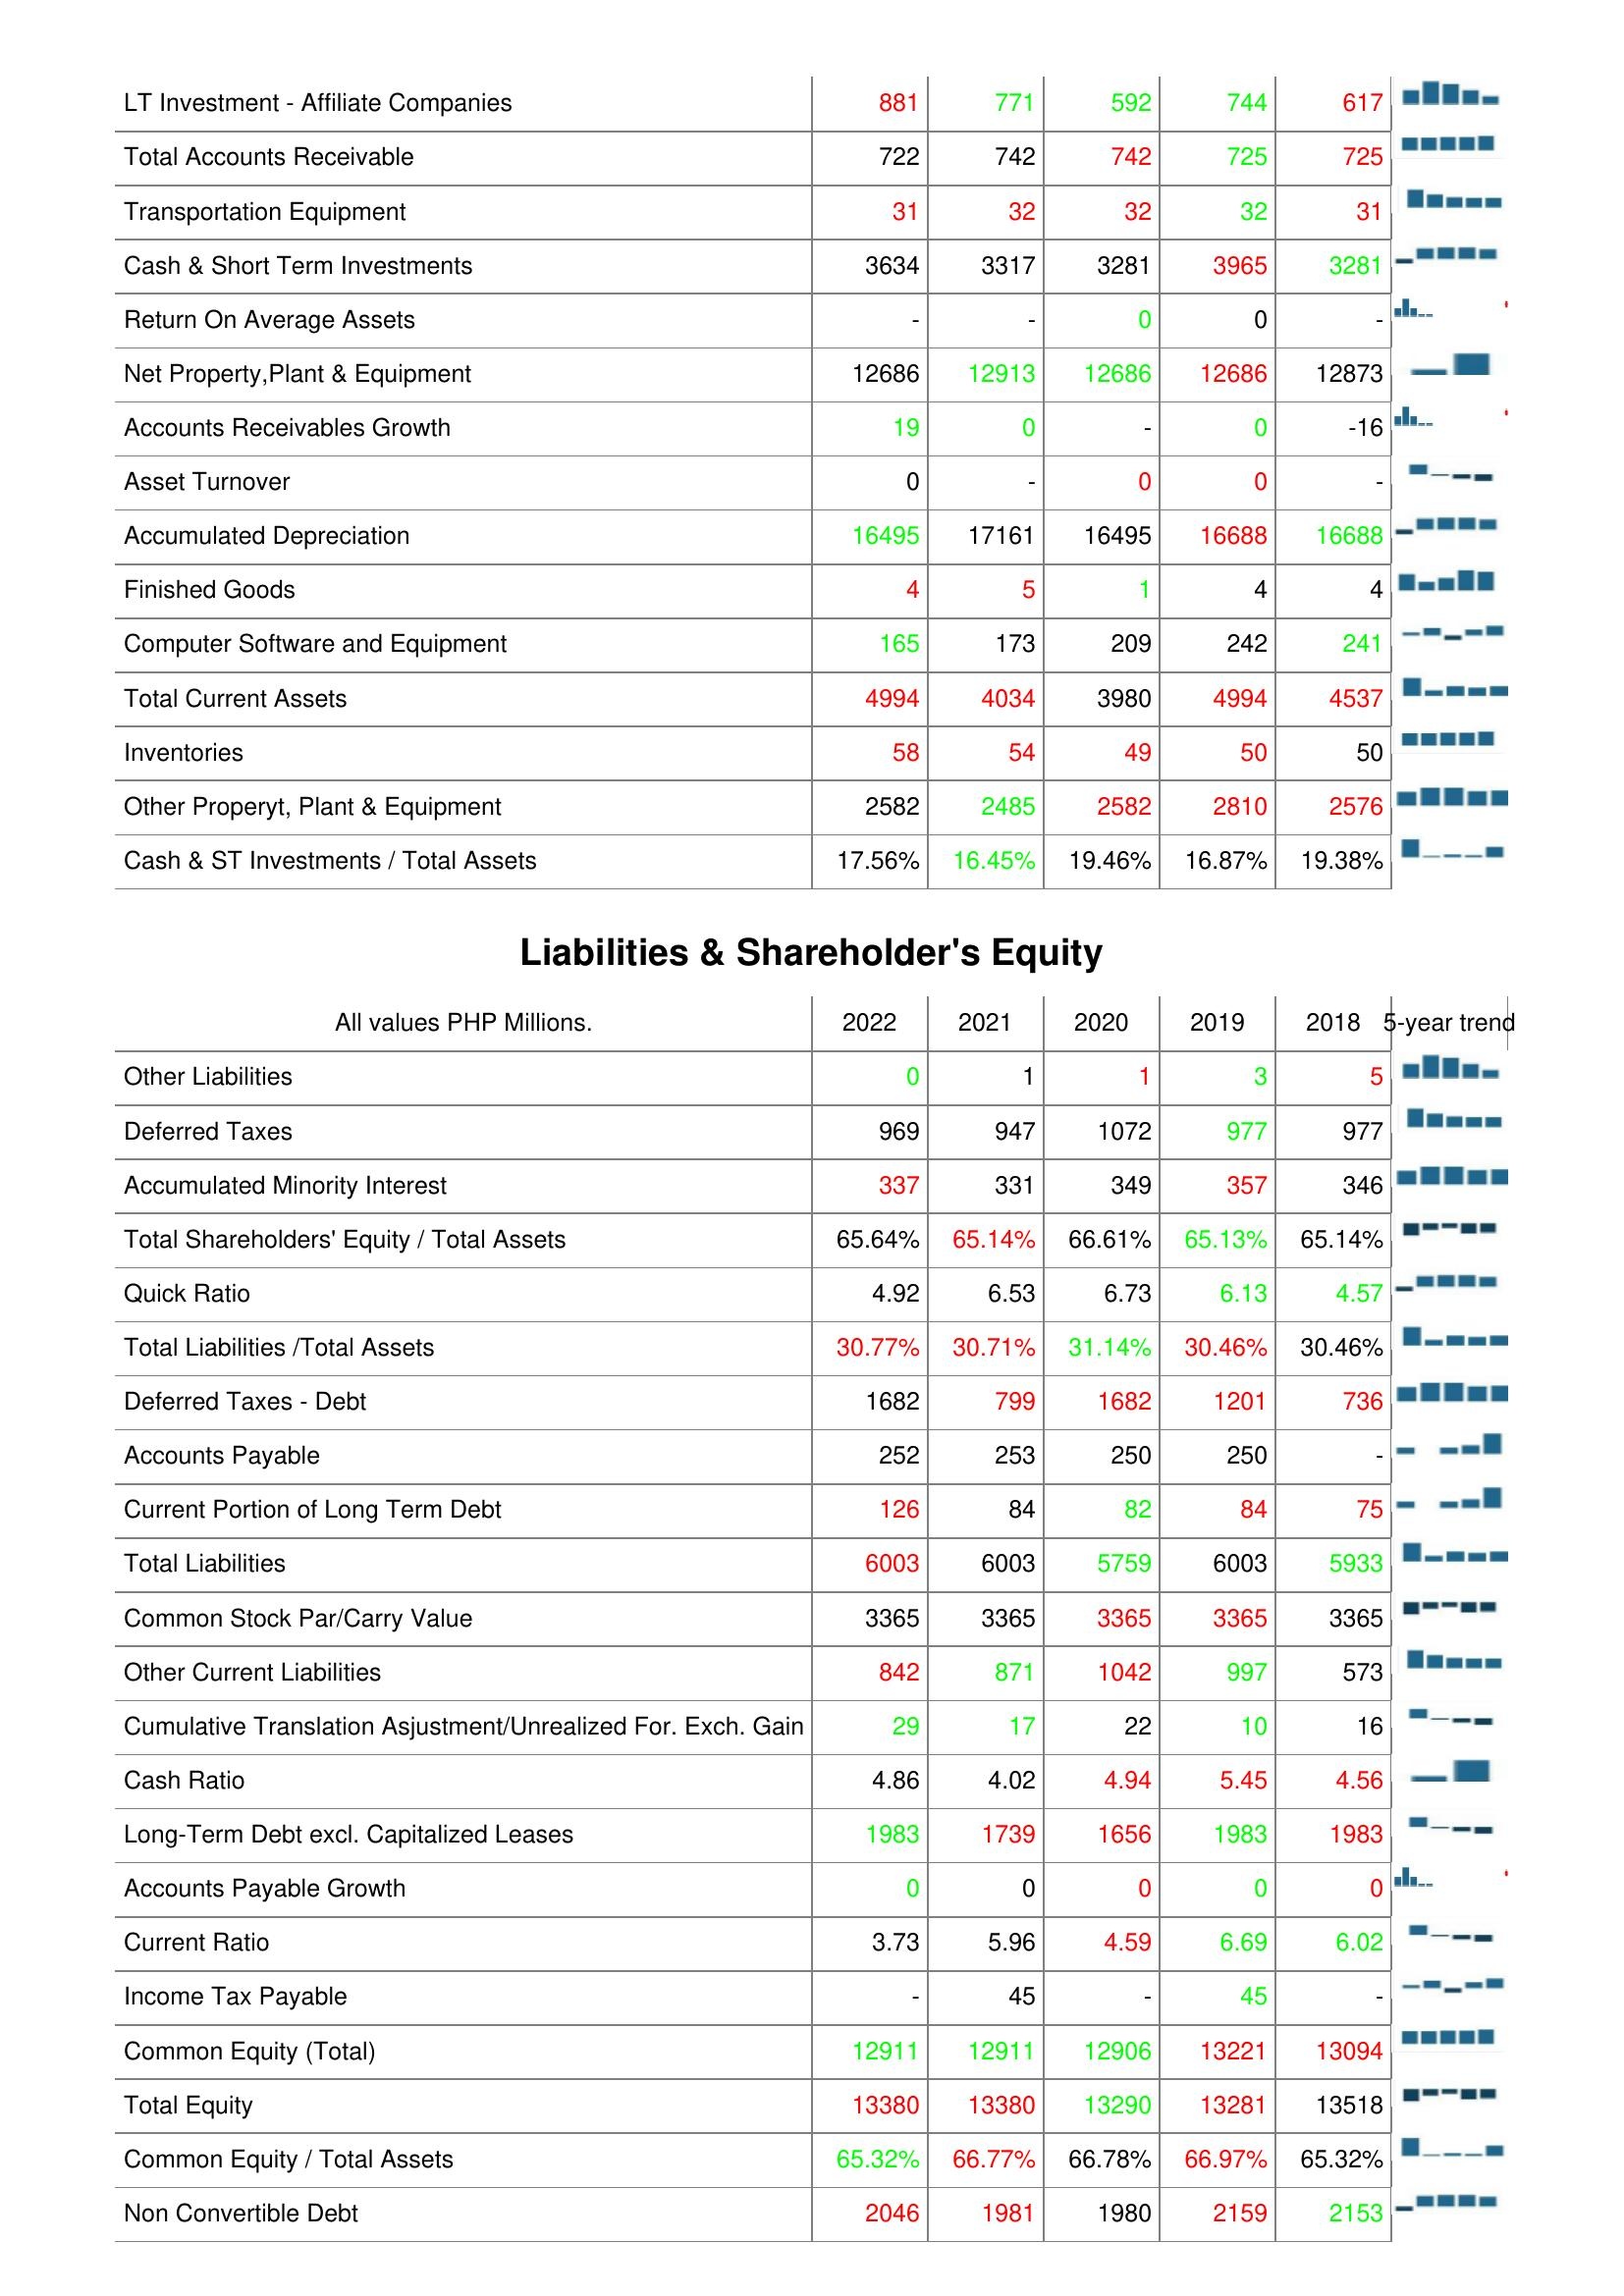
2022: Assets: LT Investment - Affiliate Companies: 881
Total Accounts Receivable: 722
Transportation Equipment: 31
Cash & Short Term Investments: 3634
Return On Average Assets: -
Net Property,Plant & Equipment: 12686
Accounts Receivables Growth: 19
Asset Turnover: 0
Accumulated Depreciation: 16495
Finished Goods: 4
Computer Software and Equipment: 165
Total Current Assets: 4994
Inventories: 58
Other Properyt, Plant & Equipment: 2582
Cash & ST Investments / Total Assets: 17.56%
Liabilities & Shareholder's Equity: Other Liabilities: 0
Deferred Taxes: 969
Accumulated Minority Interest: 337
Total Shareholders' Equity / Total Assets: 65.64%
Quick Ratio: 4.92
Total Liabilities /Total Assets: 30.77%
Deferred Taxes - Debt: 1682
Accounts Payable: 252
Current Portion of Long Term Debt: 126
Total Liabilities: 6003
Common Stock Par/Carry Value: 3365
Other Current Liabilities: 842
Cumulative Translation Asjustment/Unrealized For. Exch. Gain: 29
Cash Ratio: 4.86
Long-Term Debt excl. Capitalized Leases: 1983
Accounts Payable Growth: 0
Current Ratio: 3.73
Income Tax Payable: -
Common Equity (Total): 12911
Total Equity: 13380
Common Equity / Total Assets: 65.32%
Non Convertible Debt: 2046
2021: Assets: LT Investment - Affiliate Companies: 771
Total Accounts Receivable: 742
Transportation Equipment: 32
Cash & Short Term Investments: 3317
Return On Average Assets: -
Net Property,Plant & Equipment: 12913
Accounts Receivables Growth: 0
Asset Turnover: -
Accumulated Depreciation: 17161
Finished Goods: 5
Computer Software and Equipment: 173
Total Current Assets: 4034
Inventories: 54
Other Properyt, Plant & Equipment: 2485
Cash & ST Investments / Total Assets: 16.45%
Liabilities & Shareholder's Equity: Other Liabilities: 1
Deferred Taxes: 947
Accumulated Minority Interest: 331
Total Shareholders' Equity / Total Assets: 65.14%
Quick Ratio: 6.53
Total Liabilities /Total Assets: 30.71%
Deferred Taxes - Debt: 799
Accounts Payable: 253
Current Portion of Long Term Debt: 84
Total Liabilities: 6003
Common Stock Par/Carry Value: 3365
Other Current Liabilities: 871
Cumulative Translation Asjustment/Unrealized For. Exch. Gain: 17
Cash Ratio: 4.02
Long-Term Debt excl. Capitalized Leases: 1739
Accounts Payable Growth: 0
Current Ratio: 5.96
Income Tax Payable: 45
Common Equity (Total): 12911
Total Equity: 13380
Common Equity / Total Assets: 66.77%
Non Convertible Debt: 1981
2020: Assets: LT Investment - Affiliate Companies: 592
Total Accounts Receivable: 742
Transportation Equipment: 32
Cash & Short Term Investments: 3281
Return On Average Assets: 0
Net Property,Plant & Equipment: 12686
Accounts Receivables Growth: -
Asset Turnover: 0
Accumulated Depreciation: 16495
Finished Goods: 1
Computer Software and Equipment: 209
Total Current Assets: 3980
Inventories: 49
Other Properyt, Plant & Equipment: 2582
Cash & ST Investments / Total Assets: 19.46%
Liabilities & Shareholder's Equity: Other Liabilities: 1
Deferred Taxes: 1072
Accumulated Minority Interest: 349
Total Shareholders' Equity / Total Assets: 66.61%
Quick Ratio: 6.73
Total Liabilities /Total Assets: 31.14%
Deferred Taxes - Debt: 1682
Accounts Payable: 250
Current Portion of Long Term Debt: 82
Total Liabilities: 5759
Common Stock Par/Carry Value: 3365
Other Current Liabilities: 1042
Cumulative Translation Asjustment/Unrealized For. Exch. Gain: 22
Cash Ratio: 4.94
Long-Term Debt excl. Capitalized Leases: 1656
Accounts Payable Growth: 0
Current Ratio: 4.59
Income Tax Payable: -
Common Equity (Total): 12906
Total Equity: 13290
Common Equity / Total Assets: 66.78%
Non Convertible Debt: 1980
2019: Assets: LT Investment - Affiliate Companies: 744
Total Accounts Receivable: 725
Transportation Equipment: 32
Cash & Short Term Investments: 3965
Return On Average Assets: 0
Net Property,Plant & Equipment: 12686
Accounts Receivables Growth: 0
Asset Turnover: 0
Accumulated Depreciation: 16688
Finished Goods: 4
Computer Software and Equipment: 242
Total Current Assets: 4994
Inventories: 50
Other Properyt, Plant & Equipment: 2810
Cash & ST Investments / Total Assets: 16.87%
Liabilities & Shareholder's Equity: Other Liabilities: 3
Deferred Taxes: 977
Accumulated Minority Interest: 357
Total Shareholders' Equity / Total Assets: 65.13%
Quick Ratio: 6.13
Total Liabilities /Total Assets: 30.46%
Deferred Taxes - Debt: 1201
Accounts Payable: 250
Current Portion of Long Term Debt: 84
Total Liabilities: 6003
Common Stock Par/Carry Value: 3365
Other Current Liabilities: 997
Cumulative Translation Asjustment/Unrealized For. Exch. Gain: 10
Cash Ratio: 5.45
Long-Term Debt excl. Capitalized Leases: 1983
Accounts Payable Growth: 0
Current Ratio: 6.69
Income Tax Payable: 45
Common Equity (Total): 13221
Total Equity: 13281
Common Equity / Total Assets: 66.97%
Non Convertible Debt: 2159
2018: Assets: LT Investment - Affiliate Companies: 617
Total Accounts Receivable: 725
Transportation Equipment: 31
Cash & Short Term Investments: 3281
Return On Average Assets: -
Net Property,Plant & Equipment: 12873
Accounts Receivables Growth: -16
Asset Turnover: -
Accumulated Depreciation: 16688
Finished Goods: 4
Computer Software and Equipment: 241
Total Current Assets: 4537
Inventories: 50
Other Properyt, Plant & Equipment: 2576
Cash & ST Investments / Total Assets: 19.38%
Liabilities & Shareholder's Equity: Other Liabilities: 5
Deferred Taxes: 977
Accumulated Minority Interest: 346
Total Shareholders' Equity / Total Assets: 65.14%
Quick Ratio: 4.57
Total Liabilities /Total Assets: 30.46%
Deferred Taxes - Debt: 736
Accounts Payable: -
Current Portion of Long Term Debt: 75
Total Liabilities: 5933
Common Stock Par/Carry Value: 3365
Other Current Liabilities: 573
Cumulative Translation Asjustment/Unrealized For. Exch. Gain: 16
Cash Ratio: 4.56
Long-Term Debt excl. Capitalized Leases: 1983
Accounts Payable Growth: 0
Current Ratio: 6.02
Income Tax Payable: -
Common Equity (Total): 13094
Total Equity: 13518
Common Equity / Total Assets: 65.32%
Non Convertible Debt: 2153